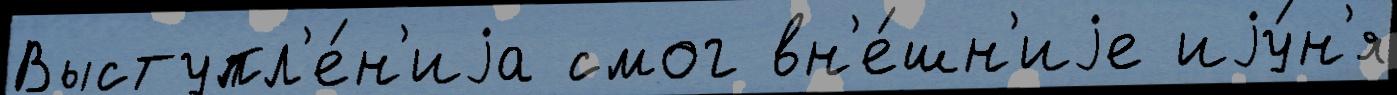
Выступл'е́н'иjа смог вн'е́шн'иjе иjу́н'я